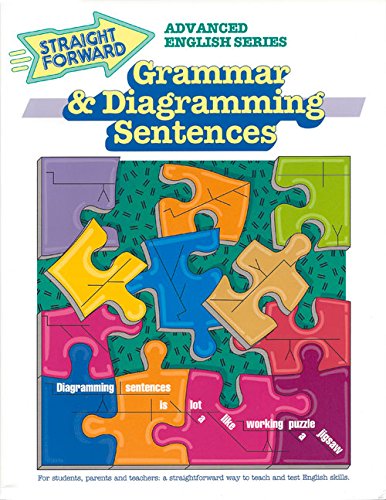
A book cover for Grammar & Diagramming Sentences (Advanced Straight Forward English Series); Nan DeVincent-Hayes; Teen & Young Adult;